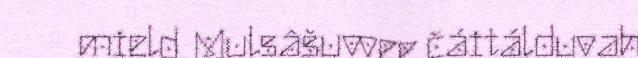
mield. Mulsâšuvvee čáitálduvah